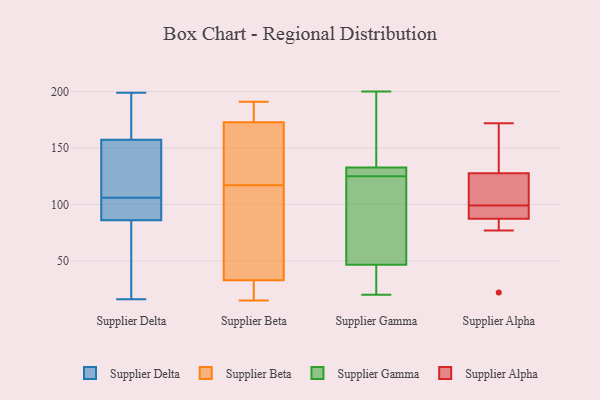
{"axis": {"x": "Tickets Resolved", "y": "Value"}, "legend": ["Supplier Alpha", "Supplier Beta", "Supplier Delta", "Supplier Gamma"], "data": [{"x": "", "y": 86, "type": "Supplier Delta"}, {"x": "", "y": 16, "type": "Supplier Delta"}, {"x": "", "y": 138, "type": "Supplier Delta"}, {"x": "", "y": 174, "type": "Supplier Delta"}, {"x": "", "y": 86, "type": "Supplier Delta"}, {"x": "", "y": 106, "type": "Supplier Delta"}, {"x": "", "y": 104, "type": "Supplier Delta"}, {"x": "", "y": 100, "type": "Supplier Delta"}, {"x": "", "y": 49, "type": "Supplier Delta"}, {"x": "", "y": 40, "type": "Supplier Delta"}, {"x": "", "y": 161, "type": "Supplier Delta"}, {"x": "", "y": 145, "type": "Supplier Delta"}, {"x": "", "y": 167, "type": "Supplier Delta"}, {"x": "", "y": 176, "type": "Supplier Delta"}, {"x": "", "y": 100, "type": "Supplier Delta"}, {"x": "", "y": 86, "type": "Supplier Delta"}, {"x": "", "y": 108, "type": "Supplier Delta"}, {"x": "", "y": 199, "type": "Supplier Delta"}, {"x": "", "y": 146, "type": "Supplier Delta"}, {"x": "", "y": 191, "type": "Supplier Beta"}, {"x": "", "y": 117, "type": "Supplier Beta"}, {"x": "", "y": 184, "type": "Supplier Beta"}, {"x": "", "y": 119, "type": "Supplier Beta"}, {"x": "", "y": 139, "type": "Supplier Beta"}, {"x": "", "y": 29, "type": "Supplier Beta"}, {"x": "", "y": 15, "type": "Supplier Beta"}, {"x": "", "y": 44, "type": "Supplier Beta"}, {"x": "", "y": 66, "type": "Supplier Beta"}, {"x": "", "y": 20, "type": "Supplier Beta"}, {"x": "", "y": 184, "type": "Supplier Beta"}, {"x": "", "y": 111, "type": "Supplier Gamma"}, {"x": "", "y": 148, "type": "Supplier Gamma"}, {"x": "", "y": 33, "type": "Supplier Gamma"}, {"x": "", "y": 200, "type": "Supplier Gamma"}, {"x": "", "y": 132, "type": "Supplier Gamma"}, {"x": "", "y": 42, "type": "Supplier Gamma"}, {"x": "", "y": 20, "type": "Supplier Gamma"}, {"x": "", "y": 125, "type": "Supplier Gamma"}, {"x": "", "y": 128, "type": "Supplier Gamma"}, {"x": "", "y": 133, "type": "Supplier Gamma"}, {"x": "", "y": 60, "type": "Supplier Gamma"}, {"x": "", "y": 172, "type": "Supplier Alpha"}, {"x": "", "y": 94, "type": "Supplier Alpha"}, {"x": "", "y": 99, "type": "Supplier Alpha"}, {"x": "", "y": 94, "type": "Supplier Alpha"}, {"x": "", "y": 118, "type": "Supplier Alpha"}, {"x": "", "y": 85, "type": "Supplier Alpha"}, {"x": "", "y": 131, "type": "Supplier Alpha"}, {"x": "", "y": 133, "type": "Supplier Alpha"}, {"x": "", "y": 105, "type": "Supplier Alpha"}, {"x": "", "y": 77, "type": "Supplier Alpha"}, {"x": "", "y": 22, "type": "Supplier Alpha"}]}